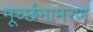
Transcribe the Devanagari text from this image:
मूर्च्छनामरण